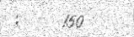
:     150